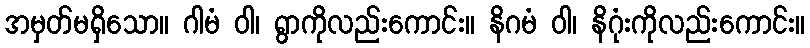
အမှတ်မရှိသော။ ဂါမံ ဝါ၊ ရွာကိုလည်းကောင်း။ နိဂမံ ဝါ၊ နိဂုံးကိုလည်းကောင်း။